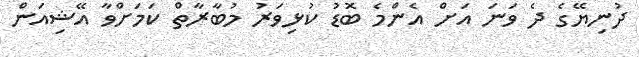
ދުނިޔޭގެ ދެ ވަނަ އަށް އެންމެ ބޮޑު ކުޅިވަރު މުބާރާތް ކަމަށްވާ އޭޝިއަން